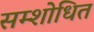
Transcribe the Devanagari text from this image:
सम्शोधित